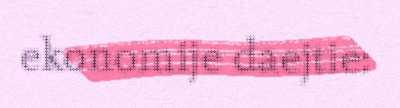
ekonomije daejtie: